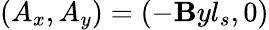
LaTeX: (A_{x},A_{y})=(-\mathbf{B}yl_{s},0)